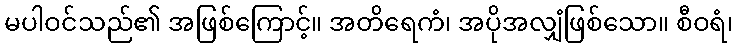
မပါဝင်သည်၏ အဖြစ်ကြောင့်။ အတိရေကံ၊ အပိုအလျှံဖြစ်သော။ စီဝရံ၊